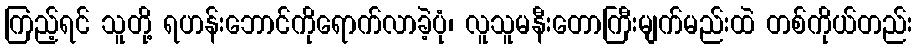
ကြည့်ရင် သူတို့ ရဟန်းဘောင်ကိုရောက်လာခဲ့ပုံ၊ လူသူမနီးတောကြီးမျက်မည်းထဲ တစ်ကိုယ်တည်း